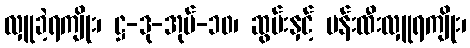
လှူခဲ့ရကျိုး၊ ဋ္ဌ-ဒု-အုပ်-၁၀၊ ဆွမ်းနှင့် ပန်းထီးလှူရကျိုး၊